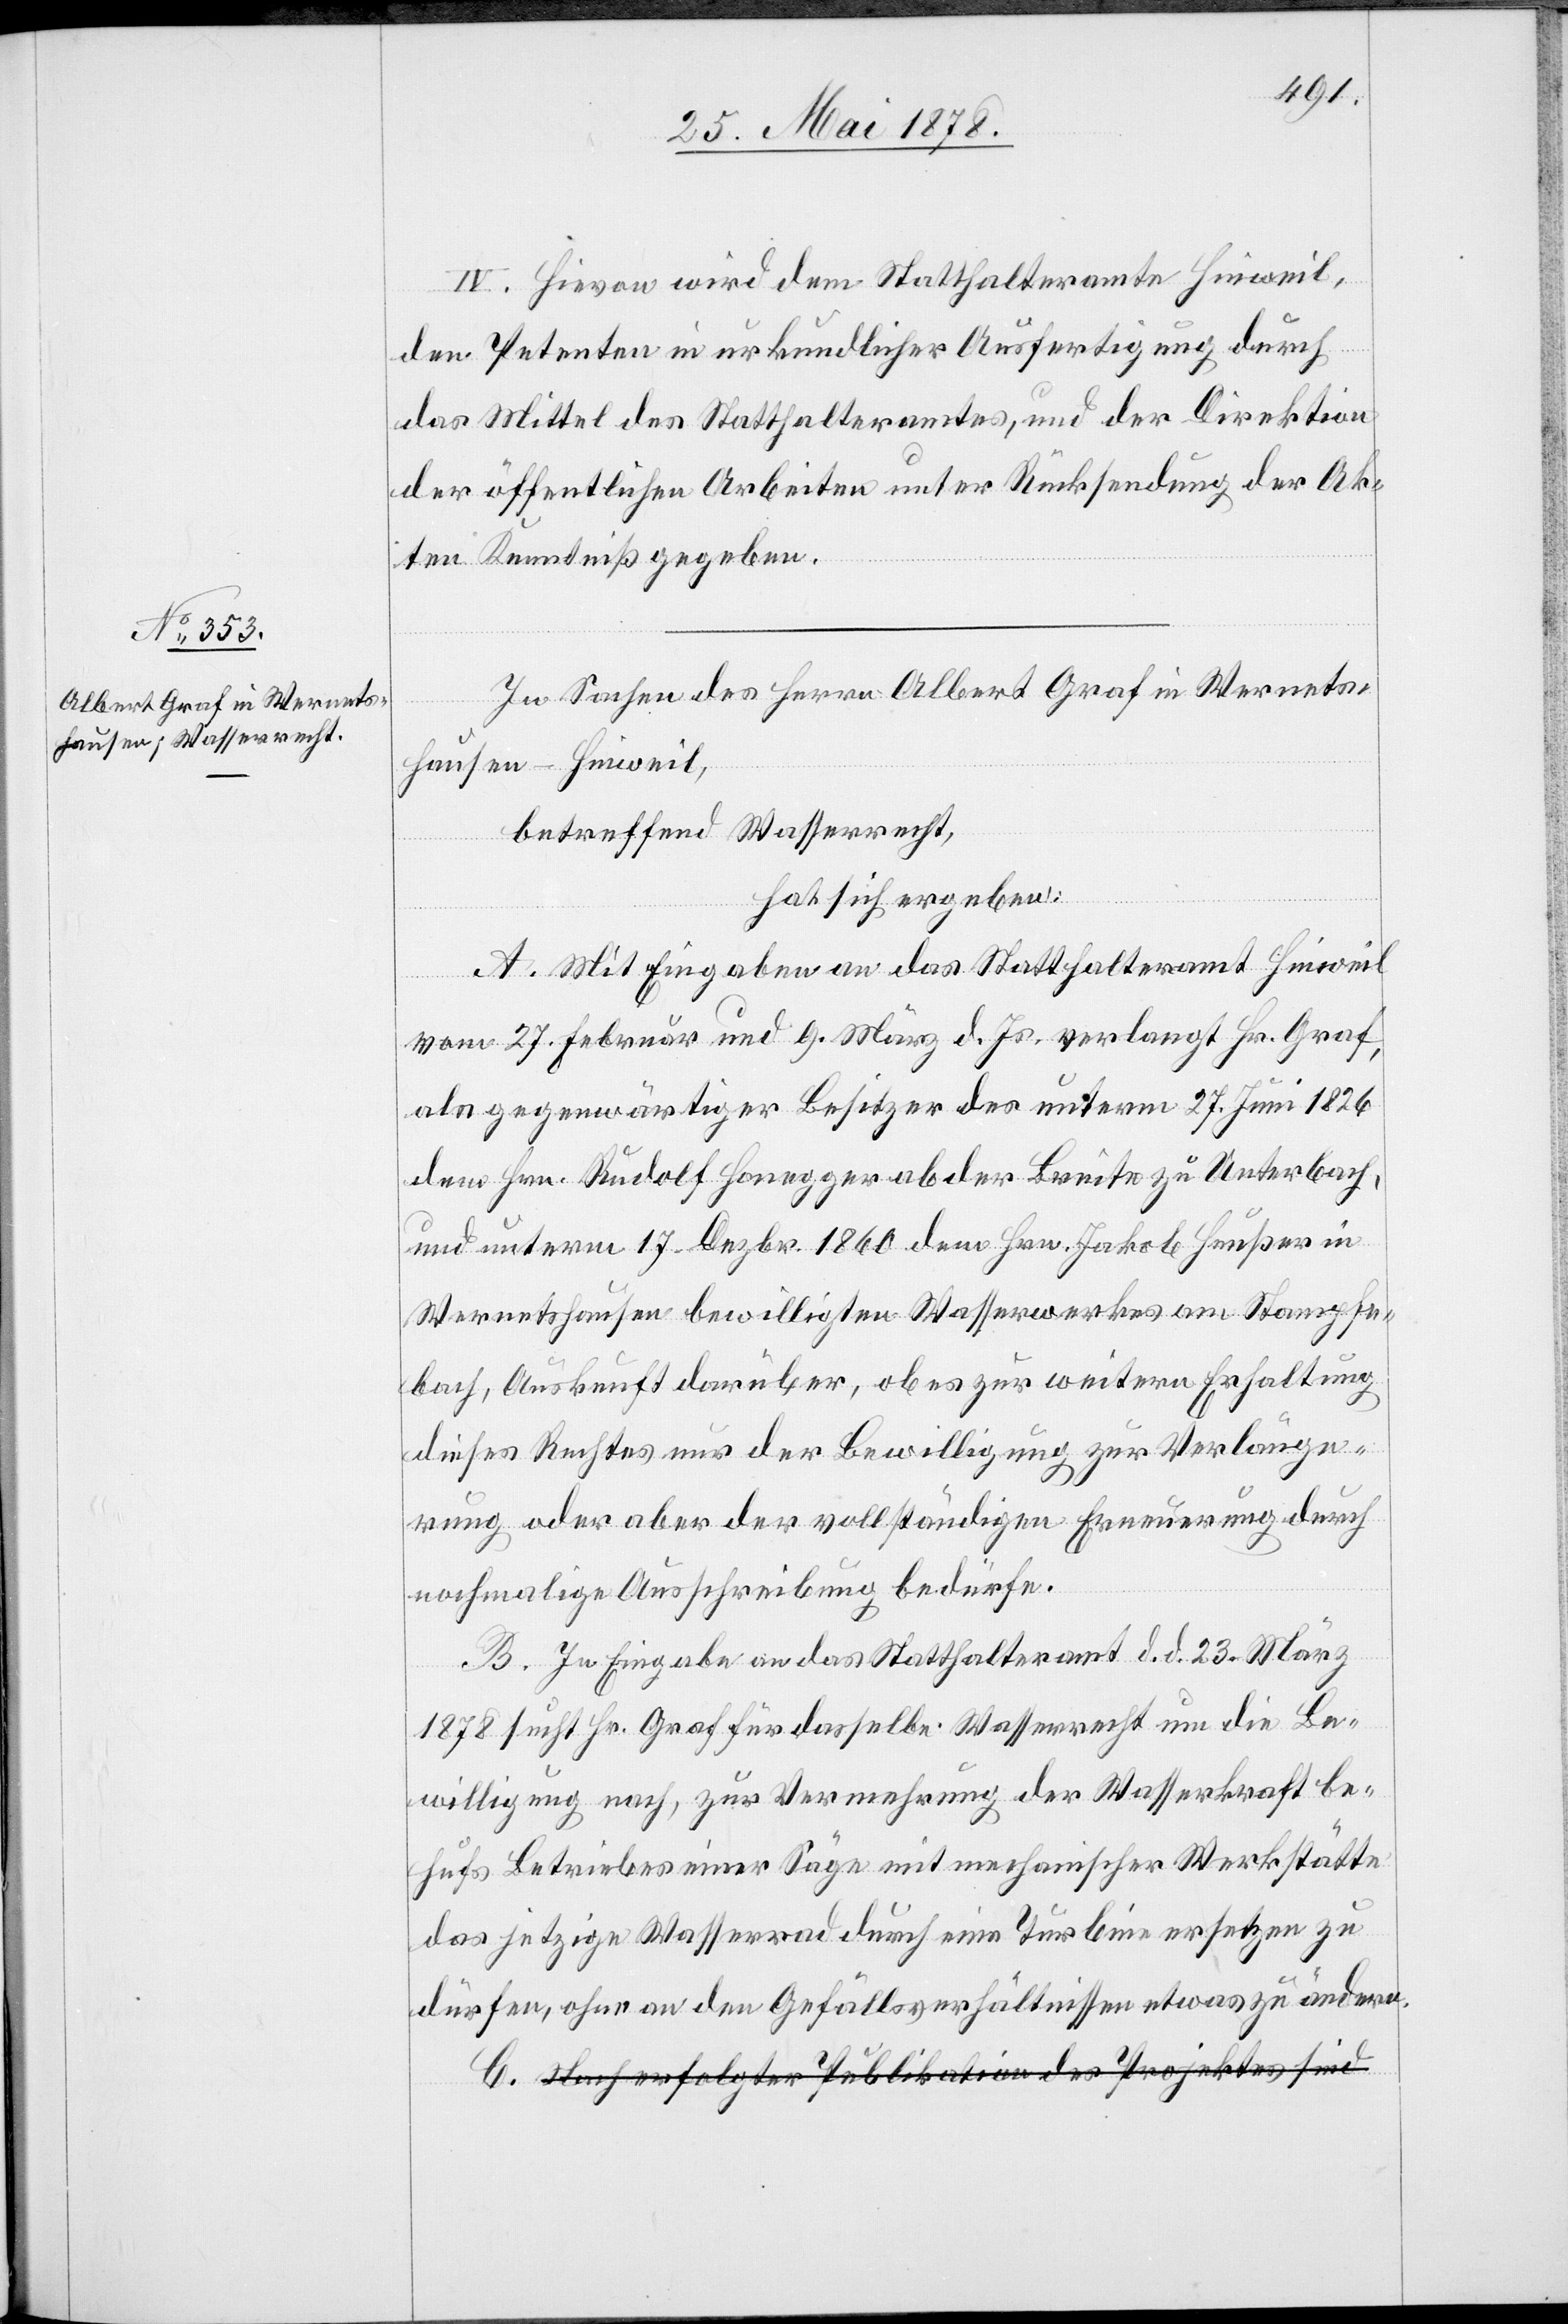
IV. Hievon wird dem Statthalteramte Hinweil,
den Petenten in urkundlicher Ausfertigung durch
das Mittel des Statthalteramtes, und der Direktion
der öffentlichen Arbeiten unter Rücksendung der Ak¬
ten Kenntniß gegeben.
In Sachen des Herrn Albrecht Graf in Wernets¬
hausen - Hinweil,
betreffend Wasserrecht,
hat sich ergeben:
A. Mit Eingaben an das Statthalteramt Hinweil
vom 27. Februar und 9. März d. Js. verlangt Hr. Graf,
als gegenwärtiger Besitzer des unterm 27. Juni 1826
dem Hrn. Rudolf Honegger ab der Breite zu Unterbach,
und unterm 17. Dezbr. 1860 dem Hrn. Jakob Heußer in
Wernetshausen bewilligten Wasserwerkes am Stampfe¬
bach, Auskunft darüber, ob es zur weitern Erhaltung
dieses Rechtes nur der Bewilligung zur Verlänge¬
rung oder aber der vollständigen Erneuerung durch
nochmalige Ausschreibung bedürfe.
B. In Eingabe an das Statthalteramt d. d. 23. März
1878 sucht Hr. Graf für dasselbe Wasserrecht um die Be¬
willigung nach, zur Vermehrung der Wasserkraft be¬
hufs Betriebes einer Säge mit mechanischer Werkstätte
das jetzige Wasserrad durch eine Turbine ersetzen zu
dürfen, ohne an den Gefällsverhältnissen etwas zu ändern.